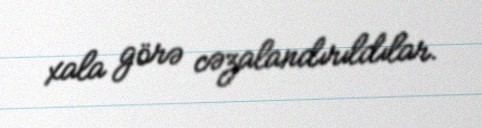
xala görə cəzalandırıldılar.